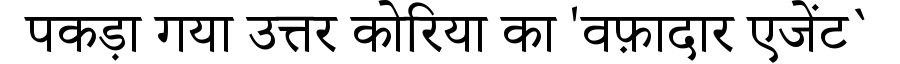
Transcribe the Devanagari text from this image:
पकड़ा गया उत्तर कोरिया का 'वफ़ादार एजेंट`